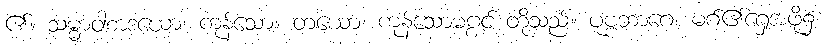
၏။ သမ္မာဝါစာဒယော၊ ကုန်သော။ တယော၊ ကုန်သောမဂ္ဂင် တို့သည်။ ပုဗ္ဗဘာဂေ၊ မဂ်၏ရှေ့အဖို့၌